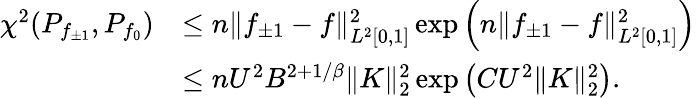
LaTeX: \begin{array}{rl}{\chi^{2}(P_{f_{\pm 1}},P_{f_{0}})}&{\leq n\| f_{\pm 1}-f\| _{L^{2}[0,1]}^{2}\exp\Big(n\| f_{\pm 1}-f\| _{L^{2}[0,1]}^{2}\Big)}\\ &{\leq nU^{2}B^{2+1/\beta}\| K\| _{2}^{2}\exp\big(CU^{2}\| K\| _{2}^{2}\big).}\end{array}